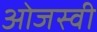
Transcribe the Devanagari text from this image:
ओजस्‍वी